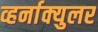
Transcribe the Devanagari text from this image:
व्हर्नाक्‍युलर